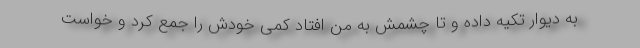
به دیوار تکیه داده و تا چشمش به من افتاد کمی خودش را جمع کرد و خواست